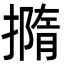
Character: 撱